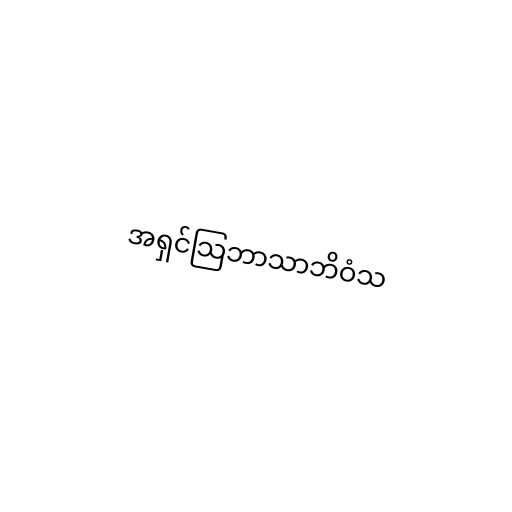
အရှင်သြဘာသာဘိဝံသ